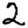
Digit: 2